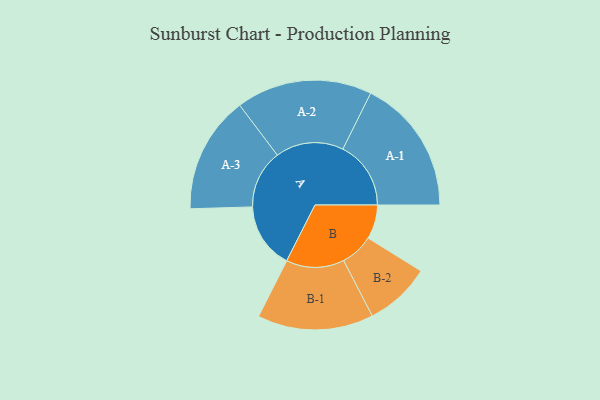
{"axis": {"x": "Segment", "y": "Value"}, "legend": ["", "A", "B"], "data": [{"x": "A", "y": 283, "type": ""}, {"x": "B", "y": 147, "type": ""}, {"x": "A-1", "y": 293, "type": "A"}, {"x": "A-2", "y": 293, "type": "A"}, {"x": "A-3", "y": 252, "type": "A"}, {"x": "B-1", "y": 250, "type": "B"}, {"x": "B-2", "y": 142, "type": "B"}]}